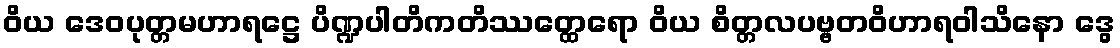
ဝိယ ဒေဝပုတ္တမဟာရဋ္ဌေ ပိဏ္ဍပါတိကတိဿတ္ထေရော ဝိယ စိတ္တလပဗ္ဗတဝိဟာရဝါသိနော ဒွေ